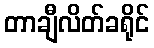
တာချီလိတ်ခရိုင်